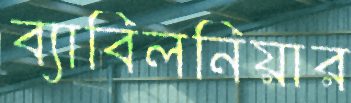
ব্যাবিলনিয়ার